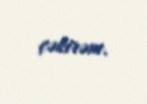
çəkirəm.